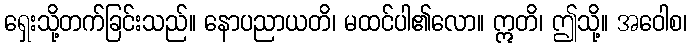
ရှေးသို့တက်ခြင်းသည်။ နောပညာယတိ၊ မထင်ပါ၏လော။ ဣတိ၊ ဤသို့။ အဝေါစ၊